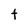
Character: t